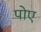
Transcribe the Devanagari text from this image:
पोए